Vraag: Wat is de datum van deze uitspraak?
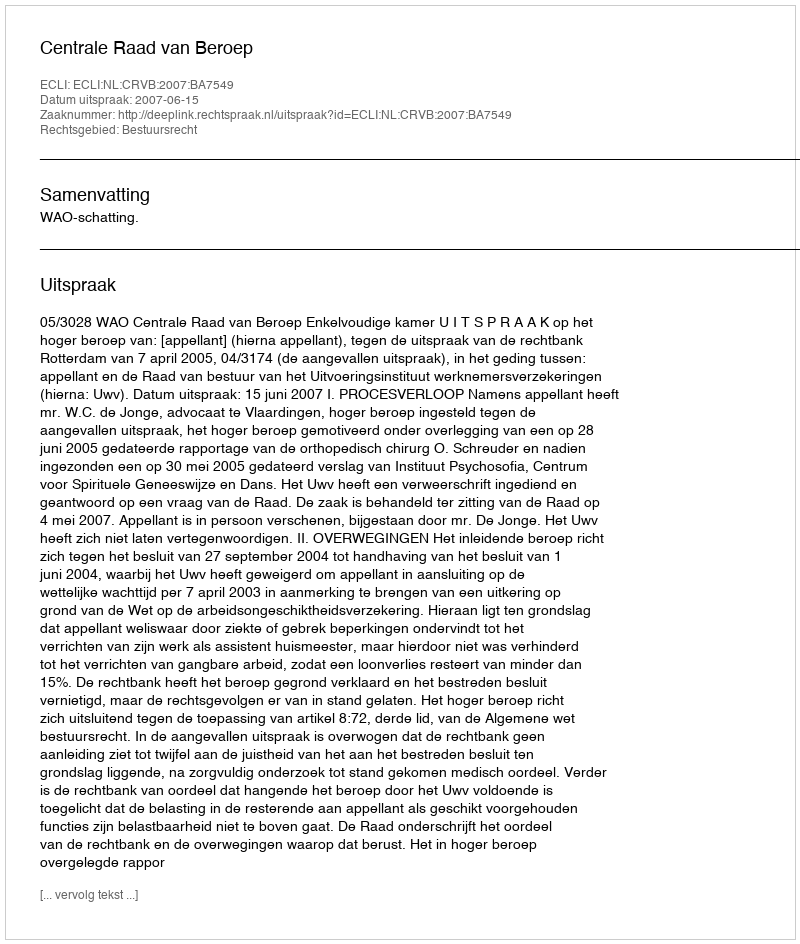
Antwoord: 2007-06-15